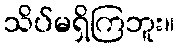
သိပ်မရှိကြဘူး။